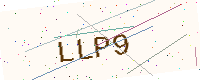
Text: LLP9